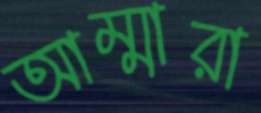
আম্মারা